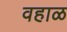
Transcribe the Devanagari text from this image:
वहाळ